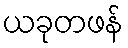
ယခုတဖန်